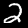
Label: 2